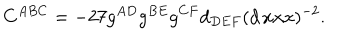
C ^ { A B C } = - 2 7 g ^ { A D } g ^ { B E } g ^ { C F } d _ { D E F } ( d \, x x x ) ^ { - 2 } .